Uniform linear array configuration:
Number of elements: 16
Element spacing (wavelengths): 0.25
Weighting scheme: cosine
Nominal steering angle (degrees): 0
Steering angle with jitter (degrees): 0.6934
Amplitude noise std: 0.05
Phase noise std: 0.05

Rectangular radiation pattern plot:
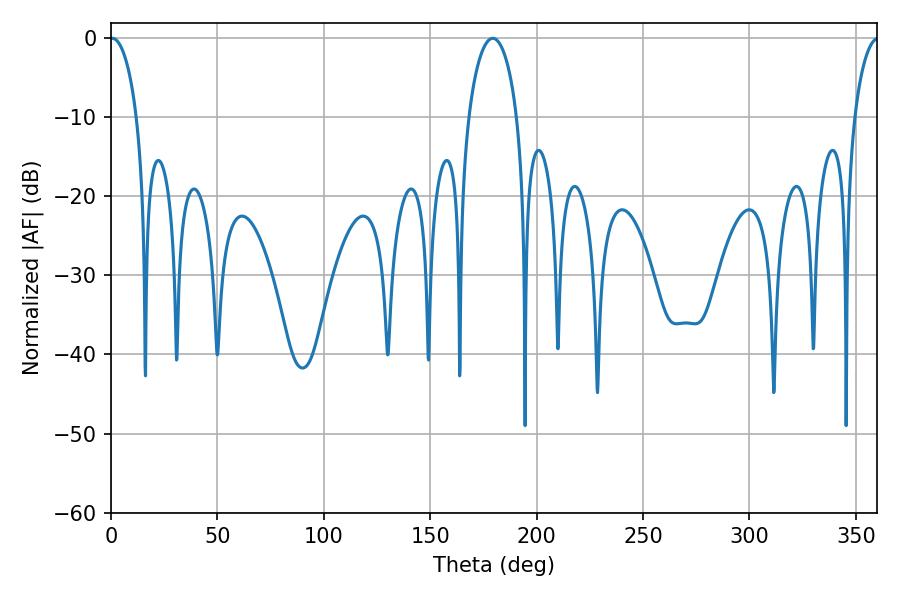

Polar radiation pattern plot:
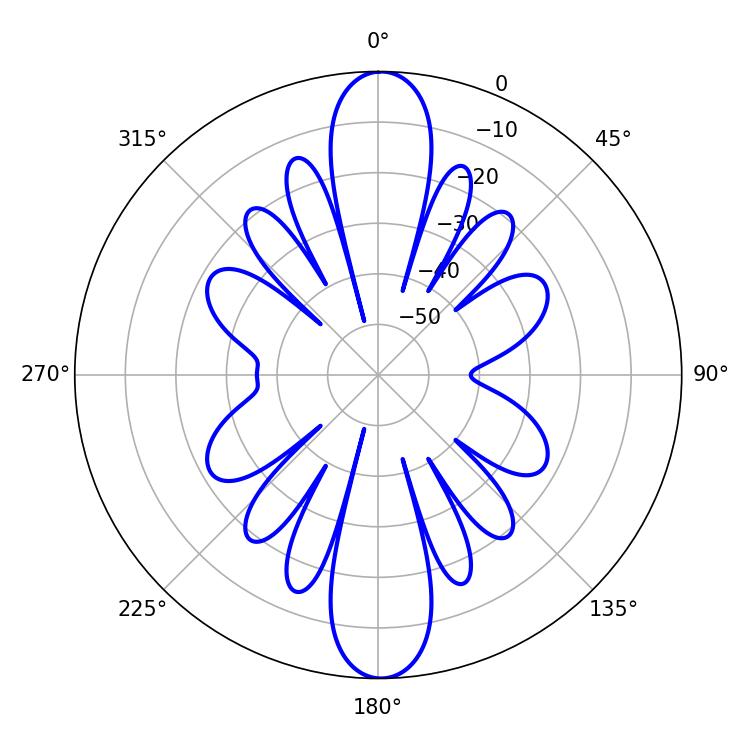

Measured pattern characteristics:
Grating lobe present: FALSE
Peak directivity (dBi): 27.188
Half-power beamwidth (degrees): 7.2
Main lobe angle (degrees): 0.54